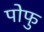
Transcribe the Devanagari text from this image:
पोफु